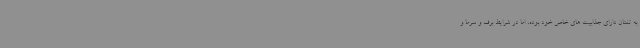
به تفتان دارای جذابیت های خاص خود بوده، اما در شرایط برف و سرما و